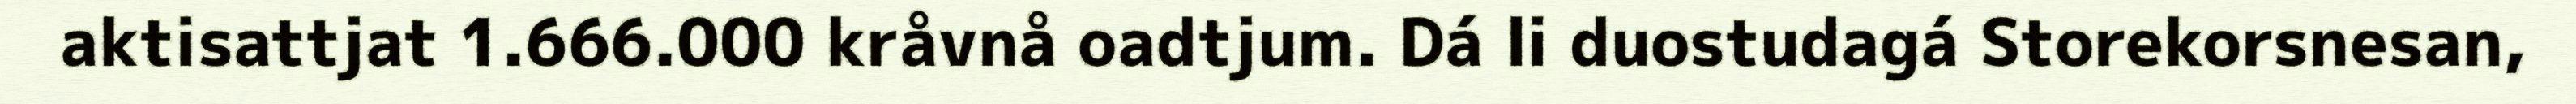
aktisattjat 1.666.000 kråvnå oadtjum. Dá li duostudagá Storekorsnesan,